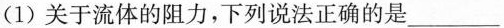
(1)关于流体的阻力，下列说法正确的是___